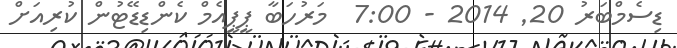
ޑިސެމްބަރު 20